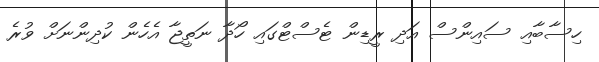
ހިސާބާއި ސައިންސް އަދި ރީޑިން ޓެސްޓްގައި ހޯދާ ނަތީޖާ އެހެން ކުދިންނަށް ވުރެ